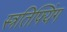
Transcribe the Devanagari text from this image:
स्त्रतिफ्यिंग